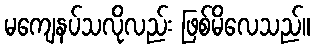
မကျေနပ်သလိုလည်း ဖြစ်မိလေသည်။